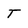
Character: T